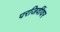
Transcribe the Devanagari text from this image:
परजिवींवर